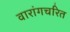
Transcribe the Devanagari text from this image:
वारांगचरित